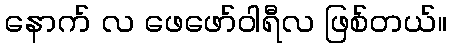
နောက် လ ဖေဖော်ဝါရီလ ဖြစ်တယ်။